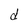
Character: d